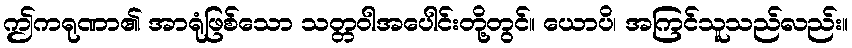
ဤကရုဏာ၏ အာရုံဖြစ်သော သတ္တဝါအပေါင်းတို့တွင်။ ယောပိ၊ အကြင်သူသည်လည်း။